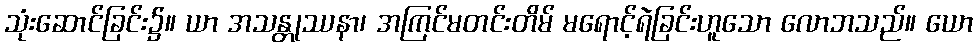
သုံးဆောင်ခြင်း၌။ ယာ အသန္တုဿနာ၊ အကြင်မတင်းတိမ် မရောင့်ရဲခြင်းဟူသော လောဘသည်။ ယော